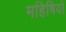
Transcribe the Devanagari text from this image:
महिषियों